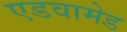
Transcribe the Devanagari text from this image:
एडवामेड